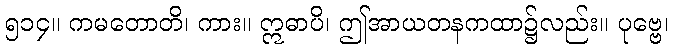
၅၁၄။ ကမတောတိ၊ ကား။ ဣဓာပိ၊ ဤအာယတနကထာ၌လည်း။ ပုဗ္ဗေ၊